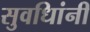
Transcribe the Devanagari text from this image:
सुवधिांनी